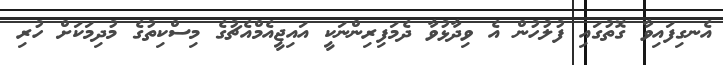
އެނގިފައިވާ ގޮތުގައި ފުލުހުން އެ ވިދާޅުވާ ދެމަފިރިންނަކީ އައިޖީއެމްއެޗުގެ މިސްކިތުގެ މުދިމަކަށް ހުރި